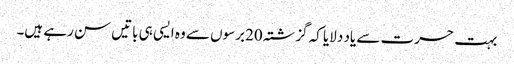
بہت حسرت سے یاد دلایا کہ گزشتہ 20برسوں سے وہ ایسی ہی باتیں سن رہے ہیں۔